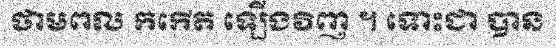
ថាមពល កកើត ឡើងវិញ ។ ទោះជា បាន